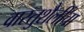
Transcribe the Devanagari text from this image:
वास्तुशैलींचा